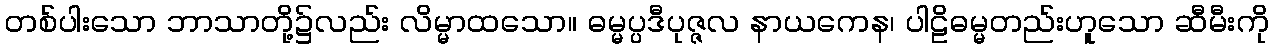
တစ်ပါးသော ဘာသာတို့၌လည်း လိမ္မာထသော။ ဓမ္မပ္ပဒီပုဇ္ဇလ နာယကေန၊ ပါဠိဓမ္မတည်းဟူသော ဆီမီးကို